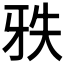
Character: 𰠡